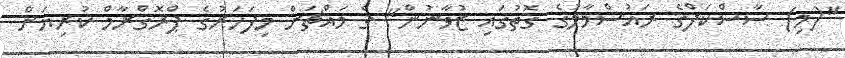
"(މި) ސާސްކަފްގެ ރައުސްމާލުގެ ގޮތުގައި ޒުވާނުން" ގެ މައްޗަށް މިފަހަރުގެ ޕްރޮގްރާމް ކުރިޔަށް